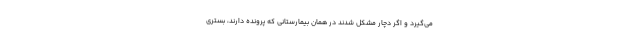
می‌گیرد و اگر دچار مشکل شدند در همان بیمارستانی که پرونده دارند، بستری